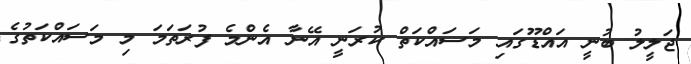
ޖަލީލު ބުނީ އައްޑޫގައި މަސައްކަތް ކުރަނީ އޭނާ އެންމެ ފުރަތަމަ މި މަސައްކަތުގެ